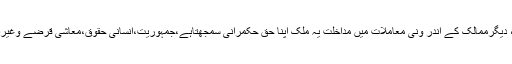
امریکی قیادت اور اس ملک کی خفیہ ایجنسیوں نے دنیابھر میں آزادی پسند تحریکوں کو ہوا دے رکھی ہے، دیگرممالک کے اندر ونی معاملات میں مداخلت یہ ملک اپنا حق حکمرانی سمجھتاہے،جمہوریت،انسانی حقوق،معاشی قرضے وغیرہ اور اب دہشت گردی کے نام پر امریکہ کی دوسری دنیاؤں میں دراندازی ایک عالمی حقیقت بن چکی ہے۔